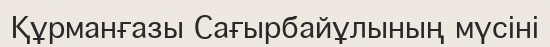
Құрманғазы Сағырбайұлының мүсіні